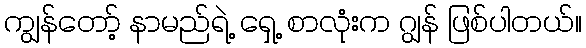
ကျွန်တော့် နာမည်ရဲ့ ရှေ့ စာလုံးက ဂျွန် ဖြစ်ပါတယ်။